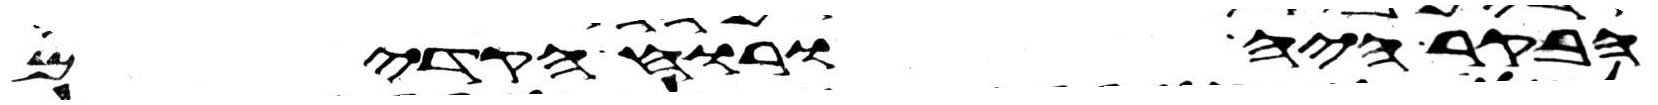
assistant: הבקר היה ורוח הקדים